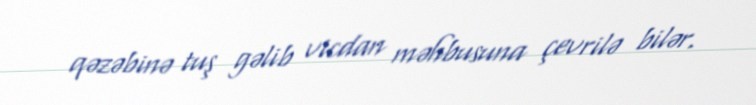
qəzəbinə tuş gəlib vicdan məhbusuna çevrilə bilər.